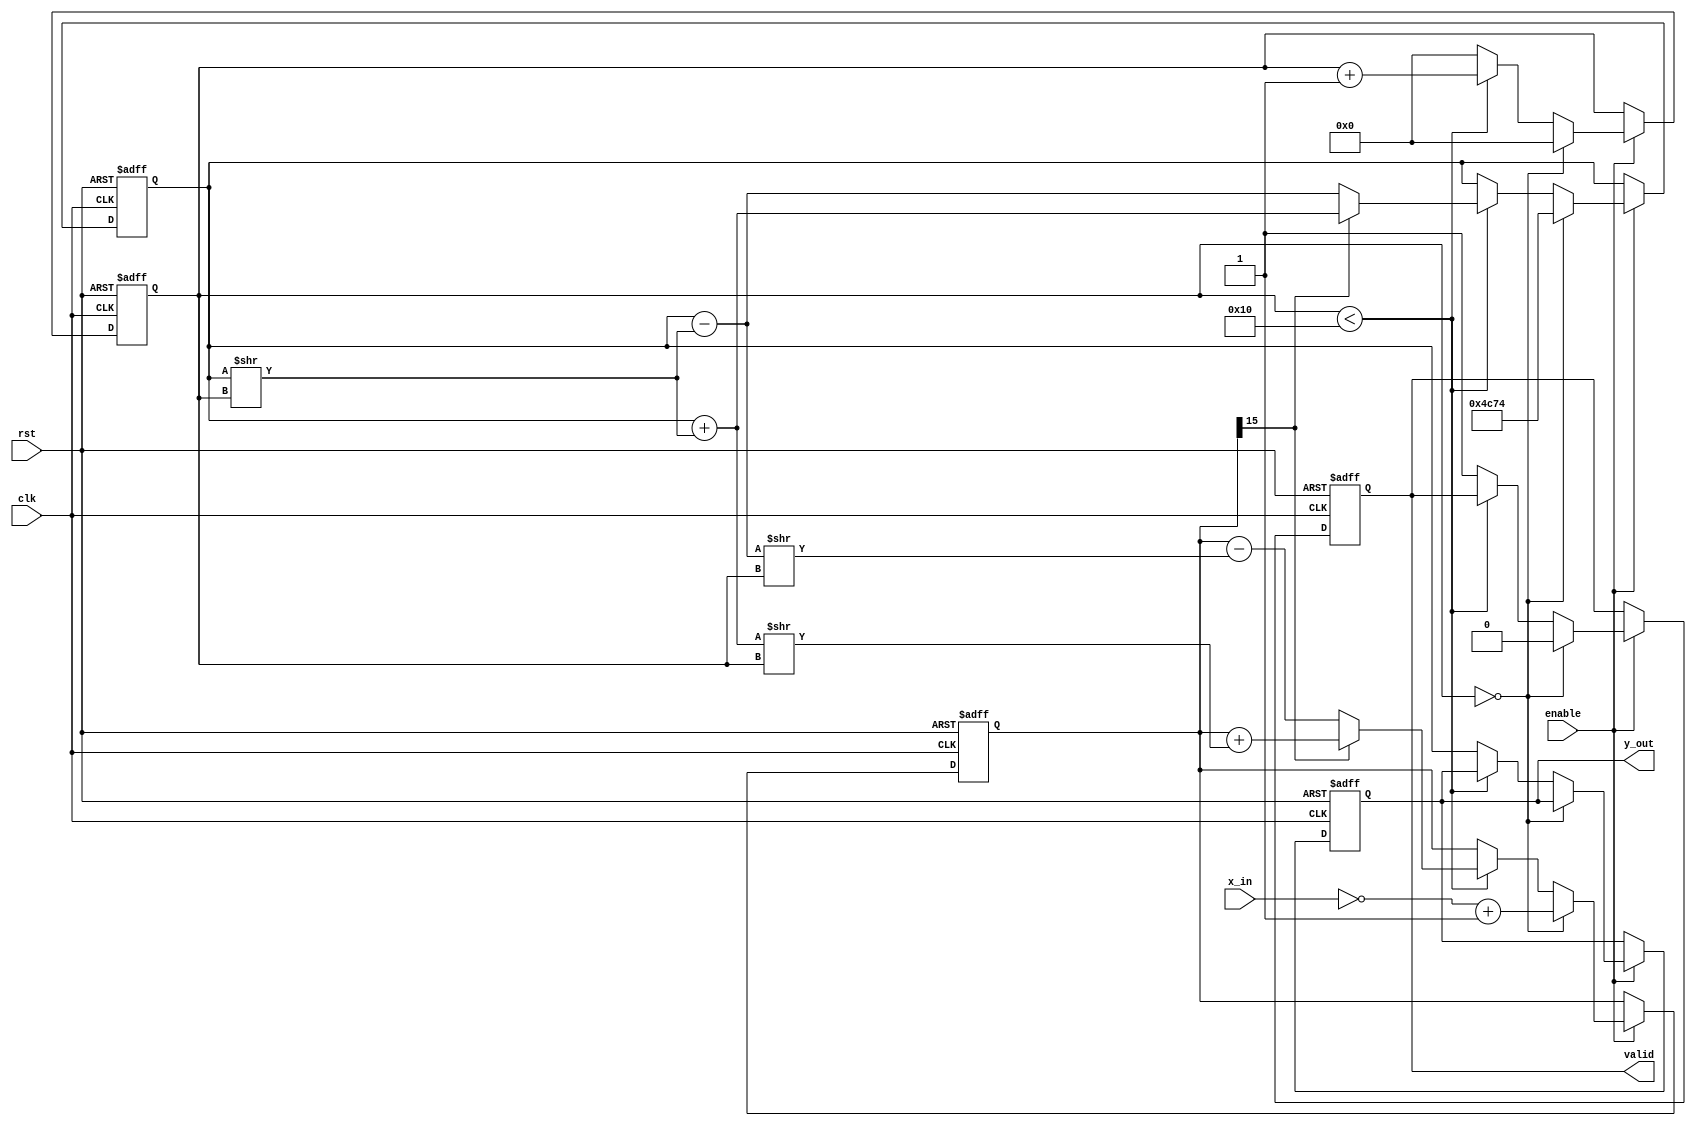
module cordic_reciprocal #(
    parameter WIDTH = 16,      // Bit-width for input and output
    parameter ITERATIONS = 16  // Number of CORDIC iterations
)(
    input wire clk,
    input wire rst,
    input wire enable,
    input wire [WIDTH-1:0] x_in,
    output reg [WIDTH-1:0] y_out,
    output reg valid
);

    // Internal signals
    reg [WIDTH-1:0] x;       // Current approximation
    reg [WIDTH-1:0] neg_x;   // Negative of the input
    reg [WIDTH-1:0] y;       // Resulting reciprocal
    reg [5:0] count;         // Iteration counter
    reg [WIDTH-1:0] scaling_factor; // Scaling factor
    reg [WIDTH-1:0] angle_table [0:ITERATIONS-1]; // Angle table for CORDIC

    // Initializing the angle table and scaling factors
    initial begin
        angle_table[0] = 16'h4000; // Approx 1.0 (0.5 in fixed-point)
        angle_table[1] = 16'h2000; // Approx 0.5
        angle_table[2] = 16'h1000; // Approx 0.25
        angle_table[3] = 16'h0800; // Approx 0.125
        angle_table[4] = 16'h0400; // Approx 0.0625
        // Add remaining angle values...
        
        scaling_factor = 16'h4C74; // Scaling factor for normalization
    end

    // State Machine for CORDIC iterations
    always @(posedge clk or negedge rst) begin
        if (!rst) begin
            y_out <= 0;
            valid <= 0;
            count <= 0;
            x <= 0;
            y <= scaling_factor; // Initial y = scaling factor
        end else if (enable) begin
            if (count == 0) begin
                neg_x = (~x_in + 1); // Negate input for CORDIC
                x = neg_x;
                y = scaling_factor; // Start with scaling factor
                count <= 0; // Reset counter
                valid <= 0; // Reset valid flag
            end else if (count < ITERATIONS) begin
                if (x[WIDTH-1]) begin // If x is negative
                    y = y + (y >> count); // y += y >> count
                    x = x + (y >> count); // x += y >> count
                end else begin
                    y = y - (y >> count); // y -= y >> count
                    x = x - (y >> count); // x -= y >> count
                end
                count <= count + 1; // Increment iteration
            end else begin
                y_out <= y; // Store result
                valid <= 1; // Set valid flag
                count <= 0; // Reset count for next operation
            end
        end
    end
endmodule